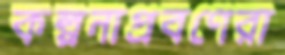
কল্পনাপ্রবণেরা